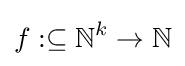
f:\subseteq \mathbb {N} ^{k}\to \mathbb {N}